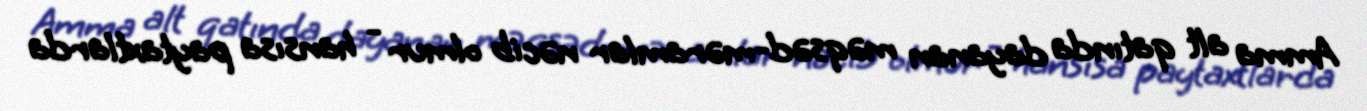
Amma alt qatında dayanan məqsəd-məramlar nəcib olmur - hansısa paytaxtlarda